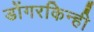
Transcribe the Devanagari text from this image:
डोंगरकिन्ही